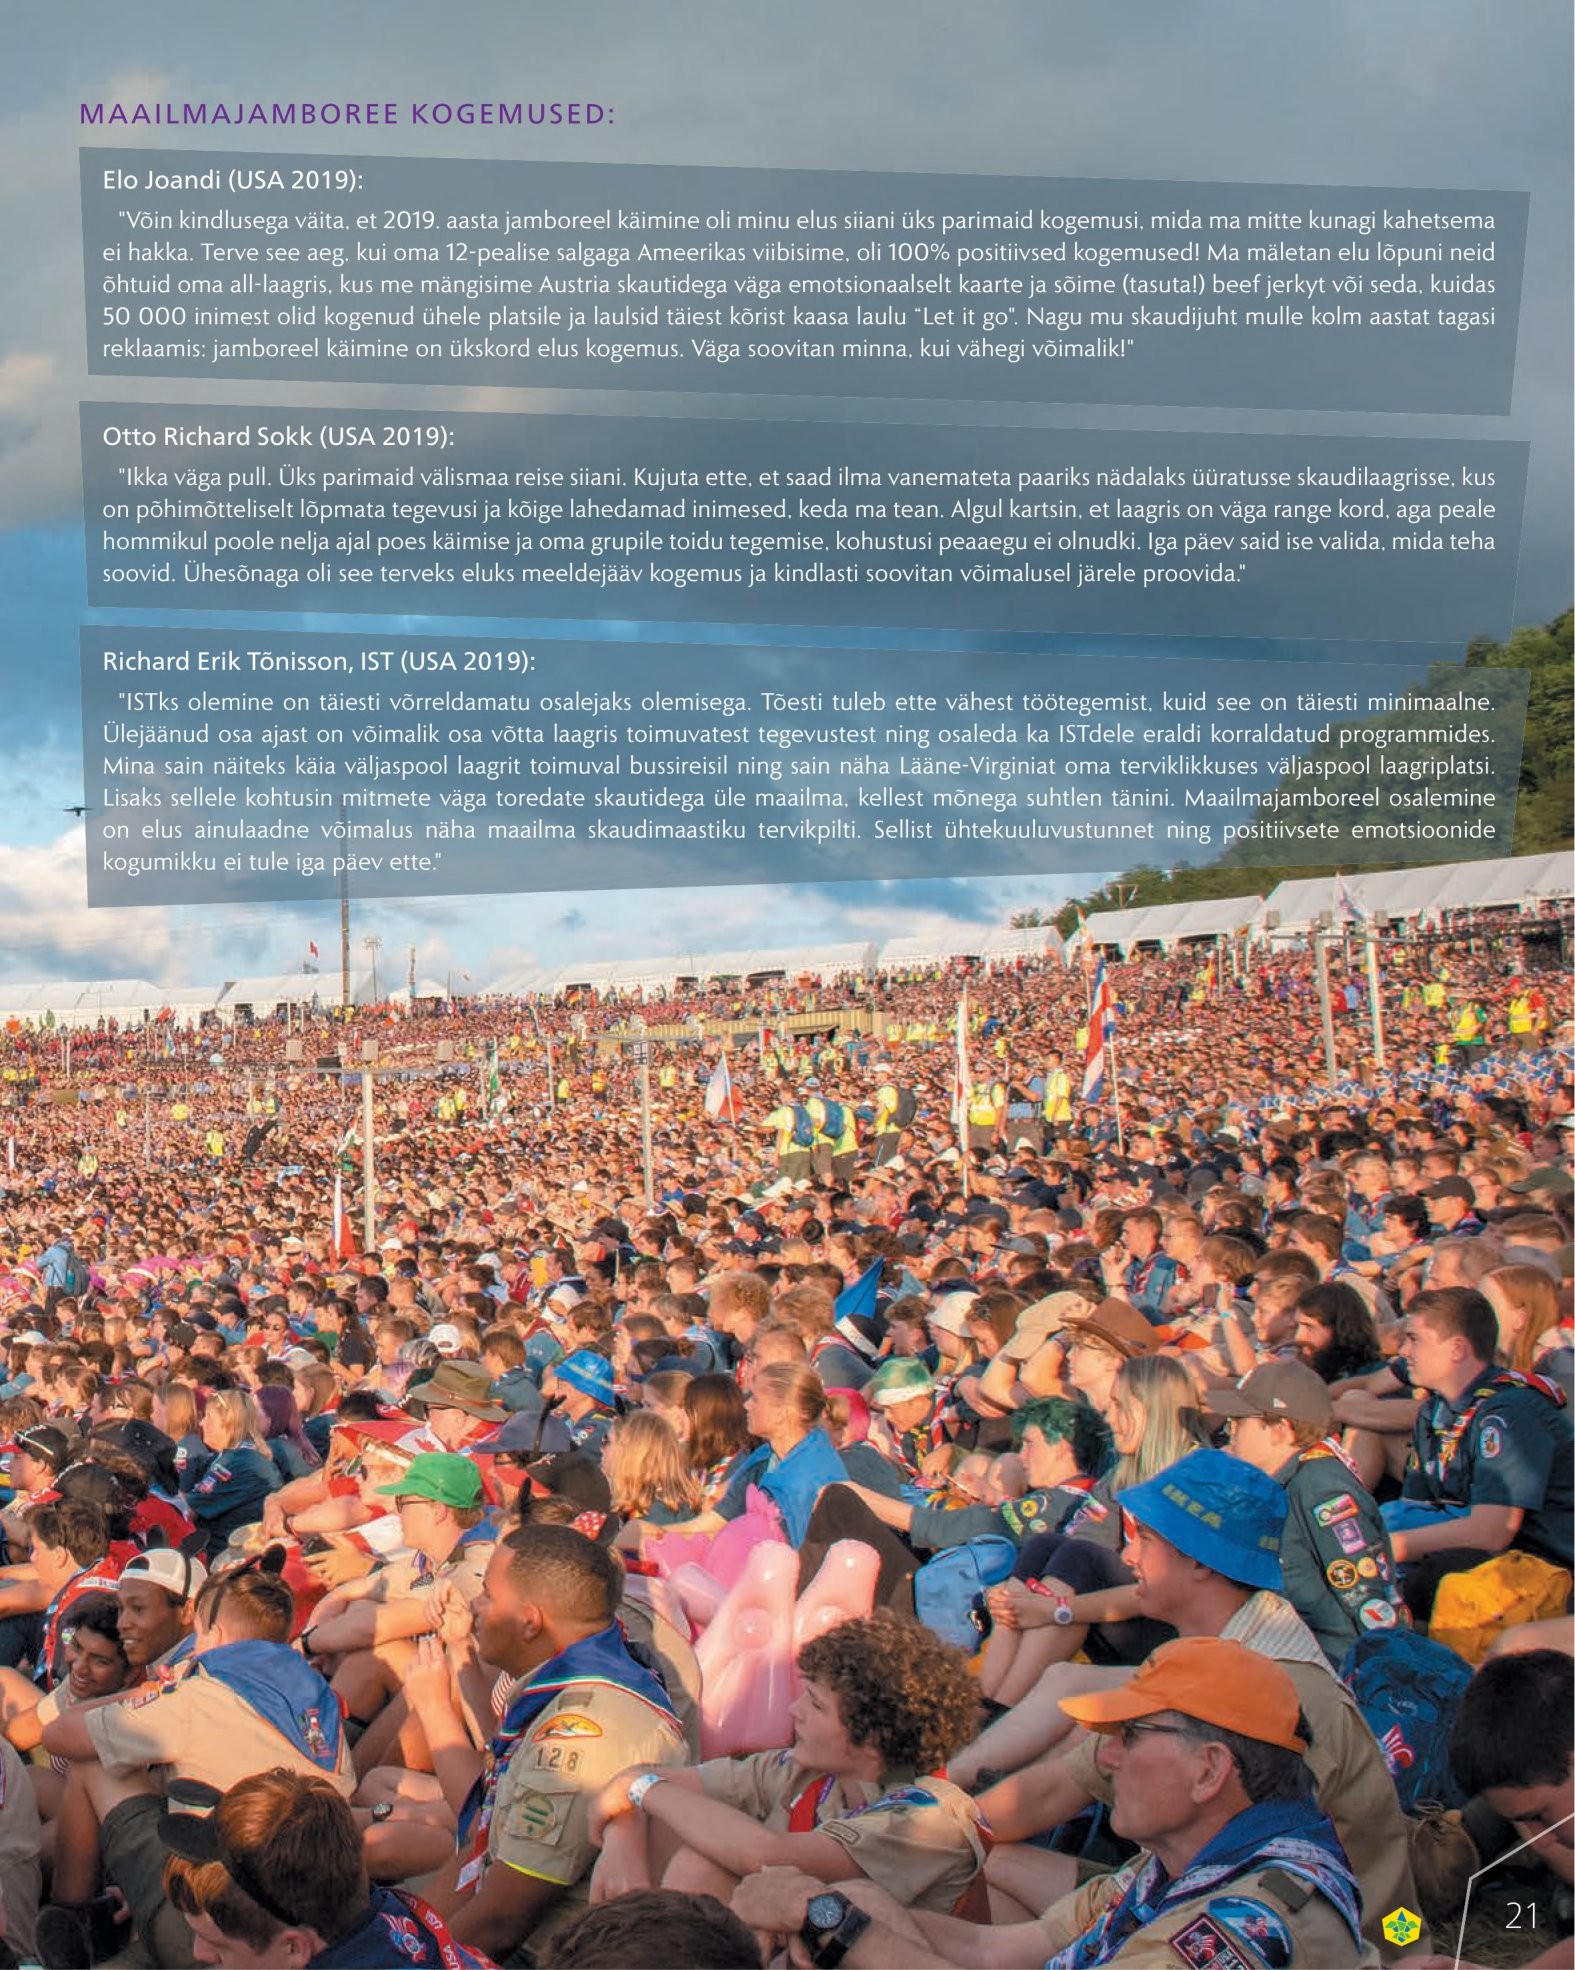
Language: et